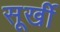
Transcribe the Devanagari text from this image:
सूर्खी